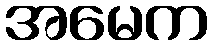
အမေက